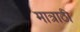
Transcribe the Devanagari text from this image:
मात्राठी